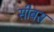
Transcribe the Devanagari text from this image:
सीबस